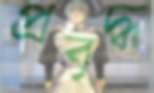
প্রবৃদ্ধ